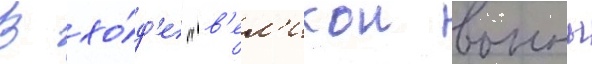
В хо́д'е "в'ел'икои воины